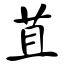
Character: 苴